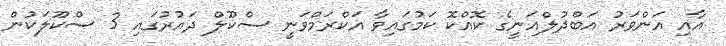
އާއި އަންވަރު އަބްދުލްޣަނީގެ ކޮއްކޮ ކަމުގައިވާ އަކްރަމްވަނީ ސްކޫލް ދައުރުގައި 3 ސްކޫލަކުން